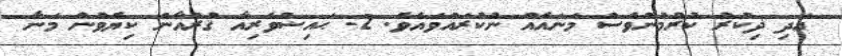
އަދި ޛިކުރު ކުރުމުންވެސް މަނައެއް ނުކުރައްވައެވެ. 2- ޙައިޟުވެރިއާ ޤުރުއާން ކިޔެވުން މަނާ